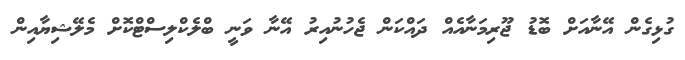
ގުޅިގެން އޭނާއަށް ބޮޑު ޖޫރިމަނާއެއް ދައްކަން ޖެހުނުއިރު އޭނާ ވަނީ ބްލެކްލިސްޓްކޮށް މެލޭޝިޔާއިން